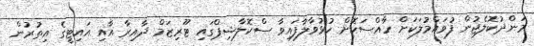
މަންދުކޮލެޖުން ފުވައްމުލަކަށް ހާއްސަކޮށް ހުޅުވާލާފައިވާ ސްކޮލާޝިޕްގައި ޓޫރިޒަމް ދާއިރާ އާއި އައިޓީގެ އިތުރުން